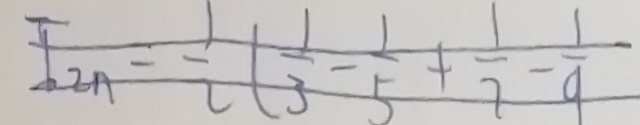
I _ { 2 n } = \frac { 1 } { 2 } ( \frac { 1 } { 3 } - \frac { 1 } { 5 } + \frac { 1 } { 7 } - \frac { 1 } { 9 }